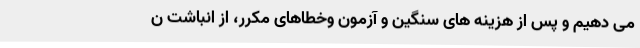
می دهیم و پس از هزینه های سنگین و آزمون وخطاهای مکرر، از انباشت ن